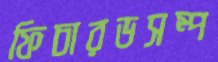
ফিচারডসম্প